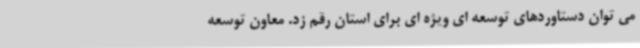
می توان دستاوردهای توسعه ای ویژه ای برای استان رقم زد. معاون توسعه